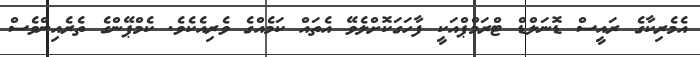
އެމެރިކާގެ ރައީސް ޑޮނަލްޑް ޓްރަމްޕްއަކީ ފާހަގަކޮށްލެވޭ އެތައް ކަމެއްގެ ވެރިއެކެވެ. ކެމްޕޭންގެ ތެރެއިންވެސް